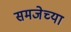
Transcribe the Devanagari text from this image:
समजेच्या